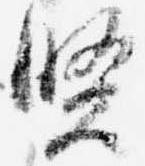
賢